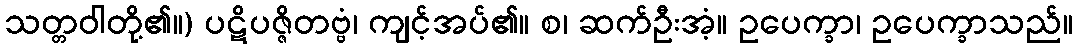
သတ္တဝါတို့၏။) ပဋိပဇ္ဇိတဗ္ဗံ၊ ကျင့်အပ်၏။ စ၊ ဆက်ဦးအံ့။ ဥပေက္ခာ၊ ဥပေက္ခာသည်။